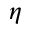
\eta